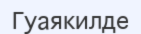
Гуаякилде